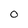
Character: O